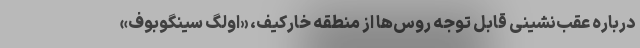
درباره عقب‌نشینی قابل توجه روس‌ها از منطقه خارکیف، «اولگ سینگوبوف»